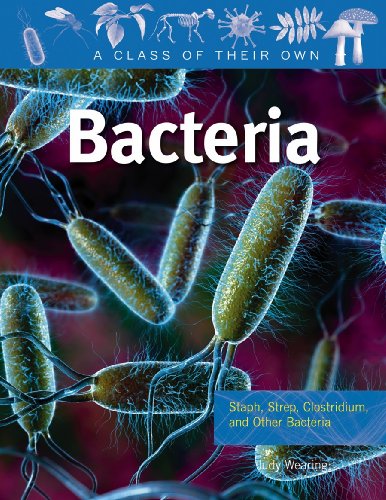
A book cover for Bacteria: Staph, Strep, Clostridium, and Other Bacteria (A Class of Their Own); Judy Wearing; Children's Books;